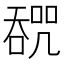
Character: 𰈩